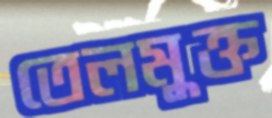
তেলমুক্ত